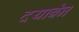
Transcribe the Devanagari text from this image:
दयाबेन